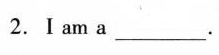
2.I am a ___ .